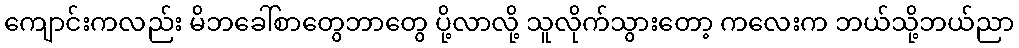
ကျောင်းကလည်း မိဘခေါ်စာတွေဘာတွေ ပို့လာလို့ သူလိုက်သွားတော့ ကလေးက ဘယ်သို့ဘယ်ညာ